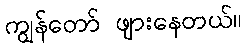
ကျွန်တော် ဖျားနေတယ်။